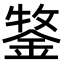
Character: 𮢒